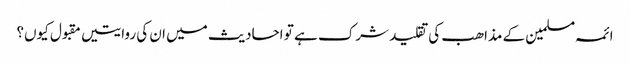
ائمہ مسلمین کے مذاھب کی تقلید شرک ہے تو احادیث میں ان کی روایتیں مقبول کیوں؟